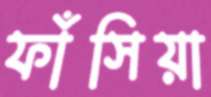
ফাঁসিয়া